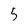
Character: 5